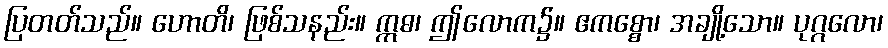
ပြတတ်သည်။ ဟောတိ၊ ဖြစ်သနည်း။ ဣဓ၊ ဤလောက၌။ ဧကစ္စော၊ အချို့သော။ ပုဂ္ဂလော၊